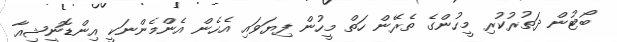
ބޯޓުން ދަތުރުކުރި މީހުންގެ ތެރޭން ހަތް މީހުން ފިޔަވައި އެހެން އެންމެންނަކީ އިންޑޮނީޝިއާ